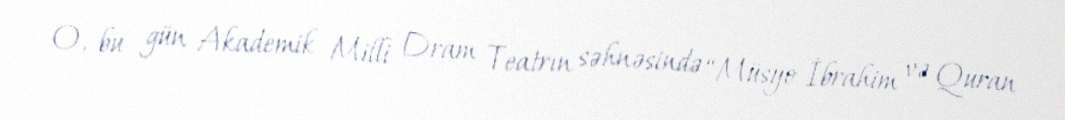
O, bu gün Akademik Milli Dram Teatrın səhnəsində “Müsyo İbrahim və Quran